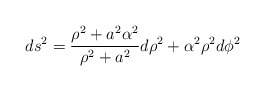
\begin{align*}ds^2={{\rho^2 +a^2\alpha^2} \over {\rho^2+a^2}} d\rho^2 +\alpha^2\rho^2 d\phi^2\end{align*}